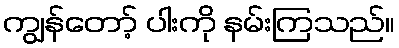
ကျွန်တော့် ပါးကို နမ်းကြသည်။